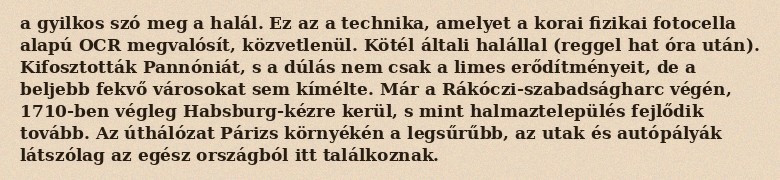
a gyilkos szó meg a halál. Ez az a technika, amelyet a korai fizikai fotocella alapú OCR megvalósít, közvetlenül. Kötél általi halállal (reggel hat óra után). Kifosztották Pannóniát, s a dúlás nem csak a limes erődítményeit, de a beljebb fekvő városokat sem kímélte. Már a Rákóczi-szabadságharc végén, 1710-ben végleg Habsburg-kézre kerül, s mint halmaztelepülés fejlődik tovább. Az úthálózat Párizs környékén a legsűrűbb, az utak és autópályák látszólag az egész országból itt találkoznak.